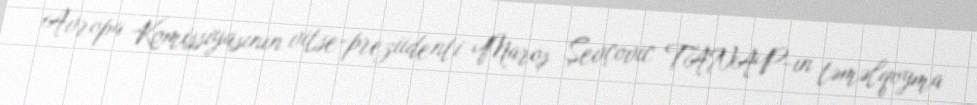
Avropa Komissiyasının vitse-preziidenti Maroş Şevçovic TANAP-ın təməlqoyma